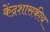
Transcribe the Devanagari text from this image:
केंद्रशासकीय